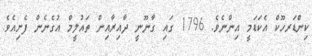
ކިންޑަރހޫކް އެކަޑަމީ އިންނެވެ. 1796 ގައި ގާނޫނީ ދާއިރާއިން ތައުލީމް އުގެނެން ފެށިއެވެ.